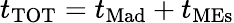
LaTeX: t_{\mathrm{TOT}}=t_{\mathrm{Mad}}+t_{\mathrm{MEs}}